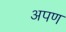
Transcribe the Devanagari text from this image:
अपण